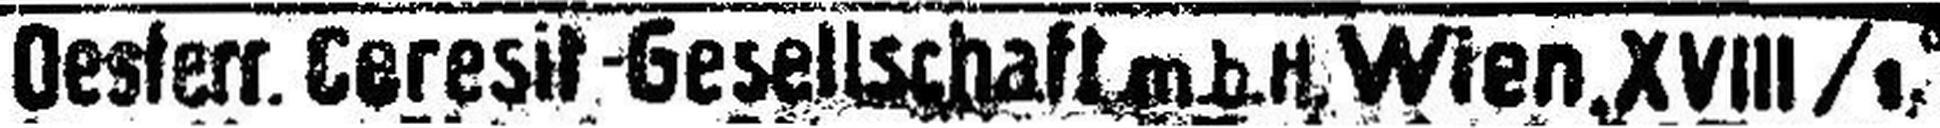
Oesterr. Ceresit-Gesellschaft m.b.H. Wien, XVIII/1